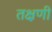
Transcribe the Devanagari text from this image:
तक्षणी